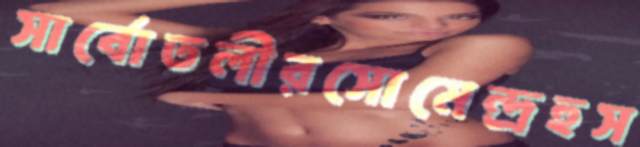
সার্বোতলীরসোমেন্দ্রহুস